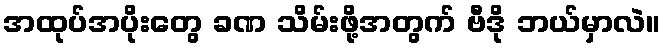
အထုပ်အပိုးတွေ ခဏ သိမ်းဖို့အတွက် ဗီဒို ဘယ်မှာလဲ။